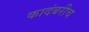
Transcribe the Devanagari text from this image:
कादंबरीच